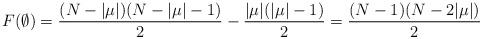
LaTeX: \begin{align*}F(\emptyset) = \frac{(N-|\mu|)(N-|\mu|-1)}{2}-\frac{|\mu|(|\mu|-1)}{2}=\frac{(N-1)(N - 2|\mu|)}{2}\end{align*}